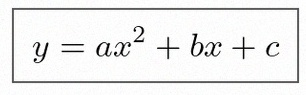
y=ax^2+bx+c